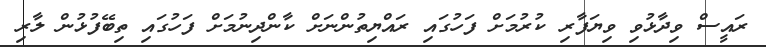
ރައީސް ވިދާޅުވި ވިޔަފާރި ކުރުމަށް ފަހުގައި ރައްޔިތުންނަށް ކާންދިނުމަށް ފަހުގައި ތިބޭފުޅުން ލާރި